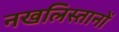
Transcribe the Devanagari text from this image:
नखलिस्तानों